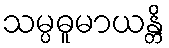
သမ္ပဓူမာယန္တိ